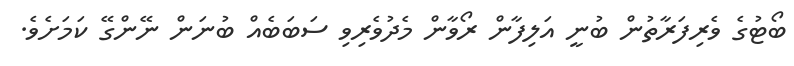
ބޯޓުގެ ވެރިފަރާތުން ބުނީ އަލިފާން ރޯވާން މެދުވެރިވި ސަބަބެއް ބުނަން ނޭންގޭ ކަމަށެވެ.